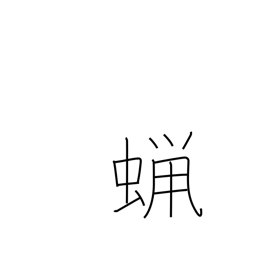
Meaning: wax